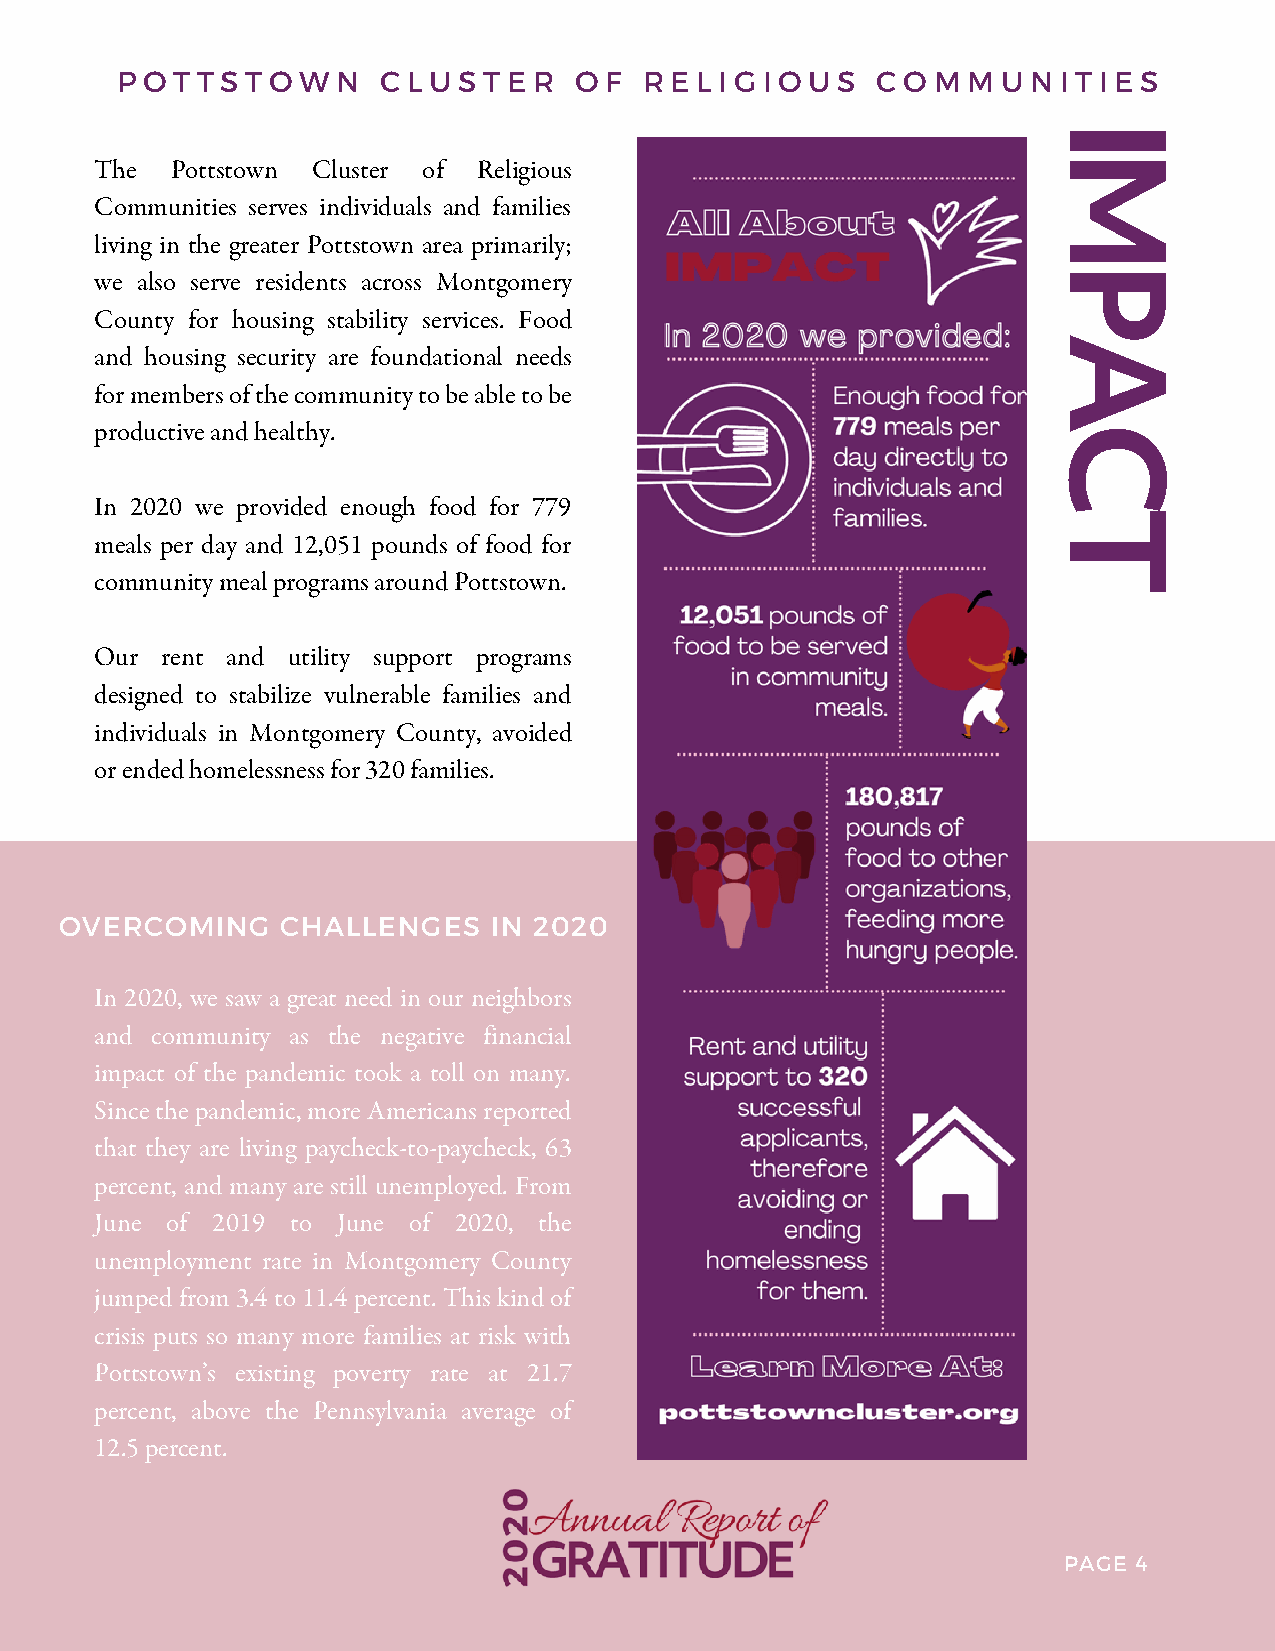
P O T T S T O W N C L U S T E R O F R E L I G I O U S C O M M U N I T I E S
 I
 9
 M
 The  Pottstown Cluster of Religious
 Communities serves individuals and families
 1
 living in the greater Pottstown area primarily;
 we al0so serve residents across Montgomery                     P
 County for housing stability services. Food
 A
 and h2ousing security are foundational needs
 for members of the community to be able to be
 productive and healthy.                                        C
 In 2020 we provided enough food for 779
 T
 meals per day and 12,051 pounds of food for
 community meal programs around Pottstown.
 Our  rent and utility support programs
 designed to stabilize vulnerable families and
 individuals in Montgomery County, avoided
 or ended homelessness for 320 families.
 OVERCOMING     CHALLENGES   IN 2020
 In 2020, we saw a great need in our neighbors
 and community as the negative financial
 impact of the pandemic took a toll on many.
 Since the pandemic, more Americans reported
 that they are living paycheck-to-paycheck, 63
 percent, and many are still unemployed. From
 June of 2019 to June of 2020, the
 unemployment rate in Montgomery County
 jumped from 3.4 to 11.4 percent. This kind of
 crisis puts so many more families at risk with
 Pottstown’s existing poverty rate at 21.7
 percent, above the Pennsylvania average of
 12.5 percent.
 PAGE 4